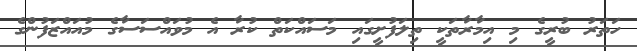
ހަތަރު ބުރީގެ މި އިމާރާތަކީ ތިލަފުށީގައި މަސައްކަތް ކުރާ އެ މުވައްސަސާގެ މުއައްޒަފުންގެ